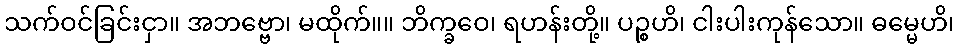
သက်ဝင်ခြင်းငှာ။ အဘဗ္ဗော၊ မထိုက်။။ ဘိက္ခဝေ၊ ရဟန်းတို့။ ပဉ္စဟိ၊ ငါးပါးကုန်သော။ ဓမ္မေဟိ၊